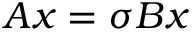
\boldsymbol { A } \boldsymbol { x } = \sigma \boldsymbol { B } \boldsymbol { x }